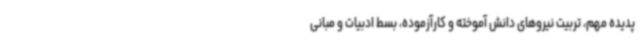
پدیده مهم، تربیت نیروهای دانش آموخته و کارآزموده، بسط ادبیات و مبانی